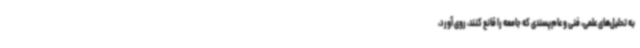
به تحلیل‌های علمی، فنی و عام‌پسندی که جامعه را قانع کنند، روی آورد،